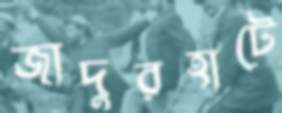
জাদুরহাটে